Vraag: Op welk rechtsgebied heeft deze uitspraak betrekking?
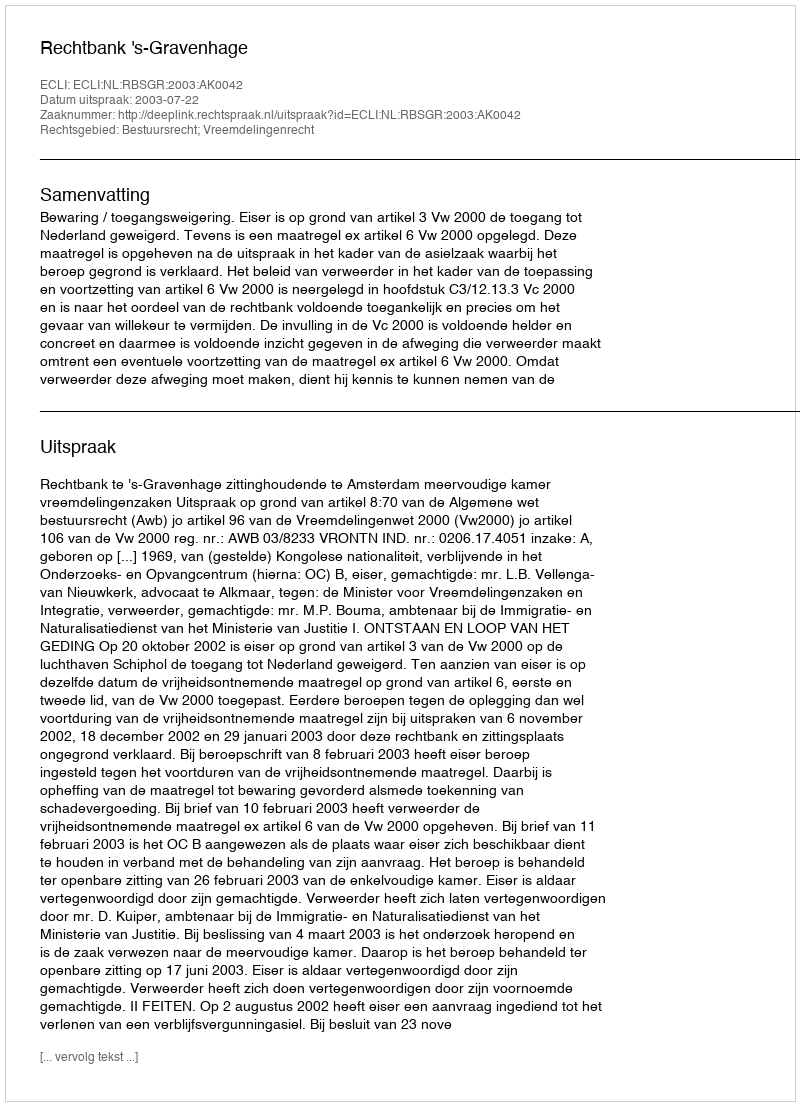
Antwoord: Bestuursrecht; Vreemdelingenrecht